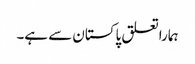
ہماراتعلق پاکستان سے ہے۔